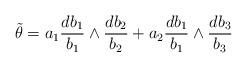
LaTeX: \begin{align*} \tilde{\theta}= a_1 \frac{d b_1}{b_1} \wedge \frac{d b_2}{b_2} + a_2 \frac{d b_1}{b_1} \wedge \frac{d b_3}{b_3}\end{align*}